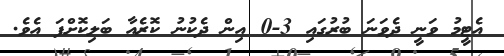
އެޓީމު ވަނީ ދެވަނަ ބުރުގައި 3-0 އިން ދެކުނު ކޮރެއާ ބަލިކޮށްފަ އެވެ.